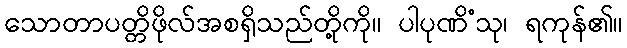
သောတာပတ္တိဖိုလ်အစရှိသည်တို့ကို။ ပါပုဏိံသု၊ ရကုန်၏။